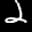
Label: 2